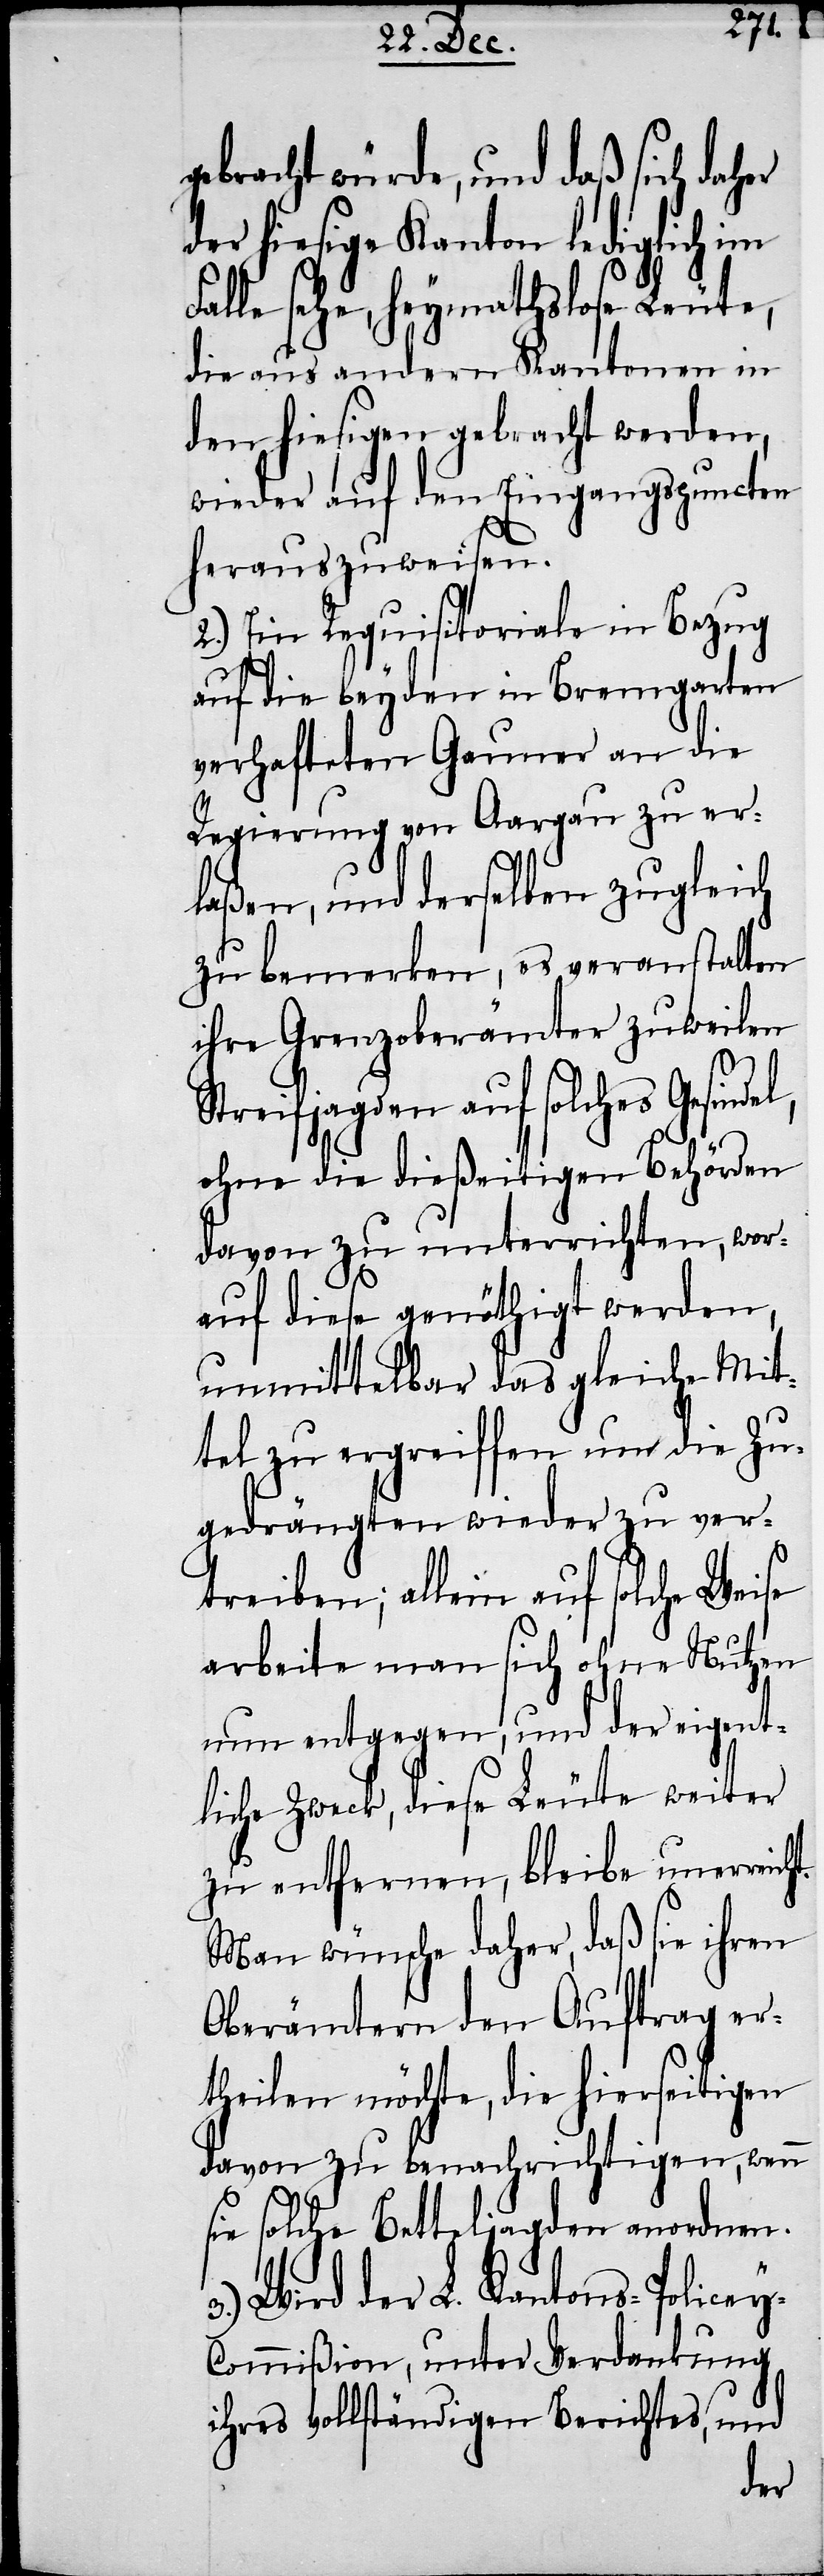
t.
gebracht würde, und daß sich daher
der hiesige Kanton lediglich im
Falle sehe, heymathslose Leute,
die aus andern Kantonen in
den hiesigen gebracht werden,
wieder auf den Eingangspuncten
herauszuweisen.
2.) Ein Requisitoriale in Bezug
auf die beyden in Bremgarten
verhafteten Gauner an die
Regierung von Aargau zu er¬
laßen, und derselben zugleich
zu bemerken, es veranstalten
ihre Grenzoberämter zuweilen
Streifjagden auf solches Gesin¬
ohne die dießeitigen Behörden
davon zu unterrichten, wor¬
auf diese genöthigt werden,
unmittelbar das gleiche Mit¬
tel zu ergreiffen um die Zu¬
gedrängten wieder zu ver¬
treiben; allein auf solche Weise
arbeite man sich ohne Nutzen
nun entgegen, und der eigent¬
liche Zweck, diese Leute weiter
zu entfernen, bleibe unerreich¬
Man wünsche daher, daß sie ihren
Oberämtern den Auftrag er¬
theilen möchte, die hierseitigen
davon zu benachrichtigen, wenn
sie solche Betteljagden anordnen.
3.) Wird der L. Kantons-Police¬
y-Commißion, unter Verdankung
ihres vollständigen Berichtes, und
del,